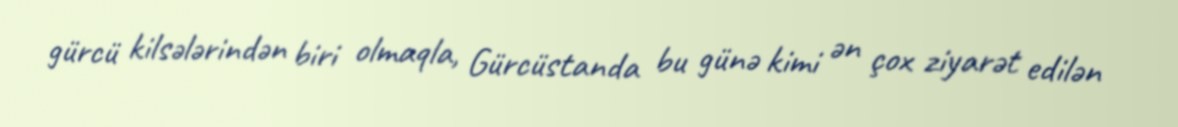
gürcü kilsələrindən biri olmaqla, Gürcüstanda bu günə kimi ən çox ziyarət edilən